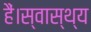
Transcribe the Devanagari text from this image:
हैं।स्वास्थ्य